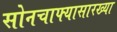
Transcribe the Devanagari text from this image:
सोनचाफ्यासारख्या